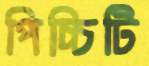
পিচ্চিটি